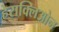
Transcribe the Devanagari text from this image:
हेराक्लिओन